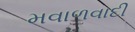
મવાળવાદી